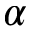
\alpha